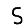
Digit: 5